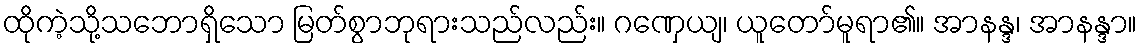
ထိုကဲ့သို့သဘောရှိသော မြတ်စွာဘုရားသည်လည်း။ ဂဏှေယျ၊ ယူတော်မူရာ၏။ အာနန္ဒ၊ အာနန္ဒာ။